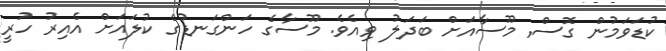
ކުޑަވަމުން ގޮސް